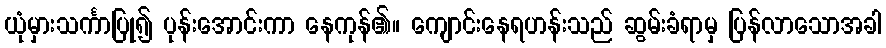
ယုံမှားသင်္ကာပြု၍ ပုန်းအောင်းကာ နေကုန်၏။ ကျောင်းနေရဟန်းသည် ဆွမ်းခံရာမှ ပြန်လာသောအခါ